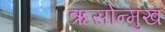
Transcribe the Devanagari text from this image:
ऋसोन्मुख